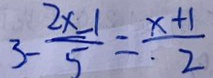
3 - \frac { 2 x - 1 } { 5 } = \frac { x + 1 } { \cdot 2 }